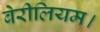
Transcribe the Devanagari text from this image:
बेरीलियम।